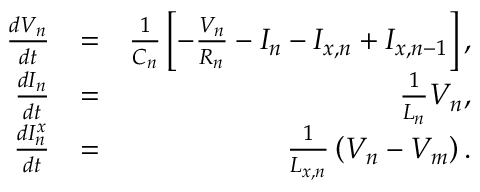
\begin{array} { r l r } { \frac { d V _ { n } } { d t } } & { = } & { \frac { 1 } { C _ { n } } \left[ - \frac { V _ { n } } { R _ { n } } - I _ { n } - I _ { x , n } + I _ { x , n - 1 } \right] , } \\ { \frac { d I _ { n } } { d t } } & { = } & { \frac { 1 } { L _ { n } } V _ { n } , } \\ { \frac { d I _ { n } ^ { x } } { d t } } & { = } & { \frac { 1 } { L _ { x , n } } \left( V _ { n } - V _ { m } \right) . } \end{array}